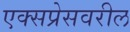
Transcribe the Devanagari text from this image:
एक्सप्रेसवरील